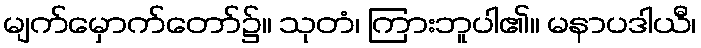
မျက်မှောက်တော်၌။ သုတံ၊ ကြားဘူပါ၏။ မနာပဒါယီ၊